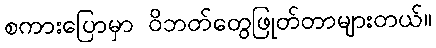
စကားပြောမှာ ဝိဘတ်တွေဖြုတ်တာများတယ်။